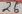
Text: 26